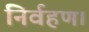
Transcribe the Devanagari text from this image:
निर्वहण।